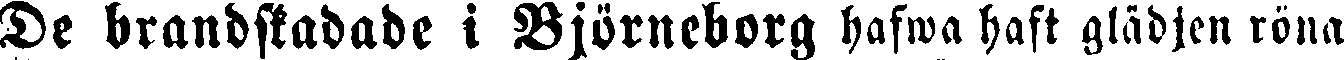
De brandskadade i Björneborg hafwa haft glädjen röna